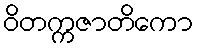
ဝိတက္ကဇာတိကော